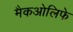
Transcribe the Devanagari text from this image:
मैकओलिफे